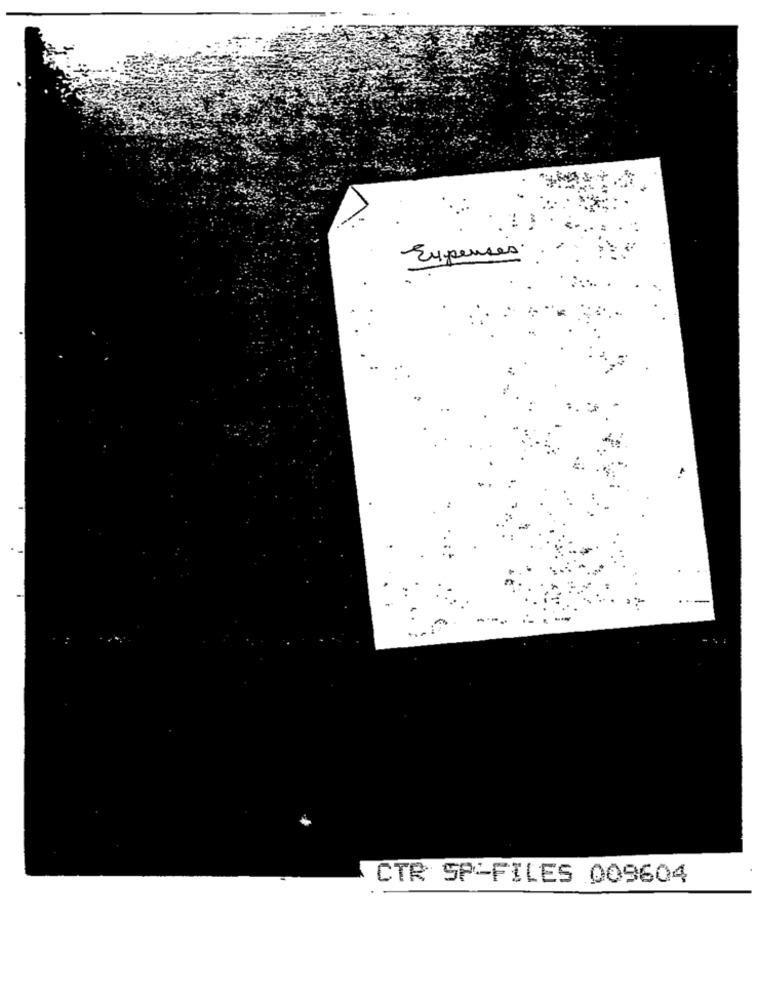
Expenses.
CTR SP-FILES 009604